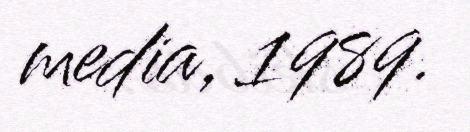
media, 1989.